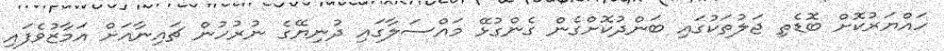
ހައްޔަރުކޮށް ބޮޑެތި ޖަލުތަކުގައި ބަންދުކޮށްގެން ގެންގުޅޭ މައްސަލާގައި ދުނިޔޭގެ ނުރުހުން ޗައިނާއަށް އަމާޒުވެފައި